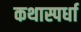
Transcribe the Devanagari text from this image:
कथास्पर्धा